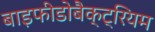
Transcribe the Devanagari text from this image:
बाइफीडोबैक्ट्रियम